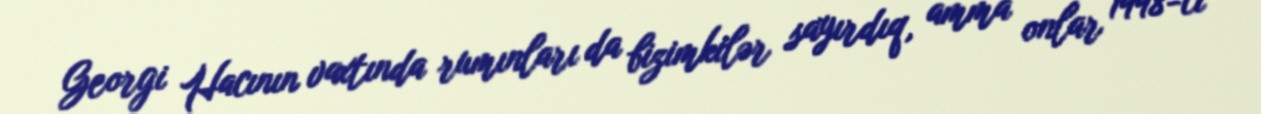
Georgi Hacının vaxtında rumınları da bizimkilər sayırdıq, amma onlar 1998-ci